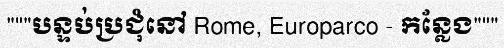
"""បន្ទប់ប្រជុំនៅ Rome, Europarco - កន្លែង"""